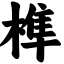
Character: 榫